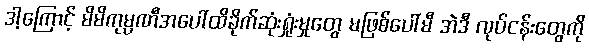
ဒါ့ကြောင့် မိမိကုမ္ပဏီအပေါ်ထိခိုက်ဆုံးရှုံးမှုတွေ မဖြစ်ပေါ်မီ အဲဒီ လုပ်ငန်းတွေကို